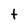
Character: t